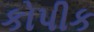
કોપીક